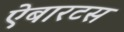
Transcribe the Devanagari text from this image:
ऐबारटस